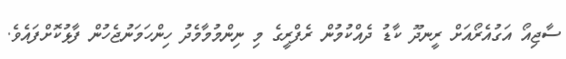
ސާޖިއޯ އަގުއެރޯއަށް ރީނދޫ ކާޑު ދެއްކުމުން ރެފްރީގެ މި ނިންމުމާމެދު ހިންހަމަނުޖެހުން ފާޅުކޮށްފައެވެ.